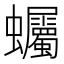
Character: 蠾